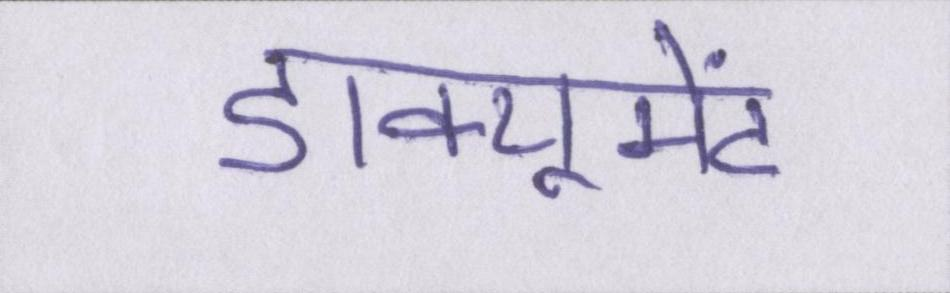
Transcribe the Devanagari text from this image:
डाक्यूमेंट